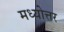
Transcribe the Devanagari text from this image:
मध्योत्तर